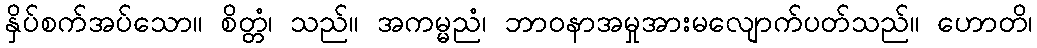
နှိပ်စက်အပ်သော။ စိတ္တံ၊ သည်။ အကမ္မညံ၊ ဘာဝနာအမှုအားမလျောက်ပတ်သည်။ ဟောတိ၊